Report of an investigation of the epidemic of malarial fever in Assam, or, kala-azar
Disease focus: Malaria
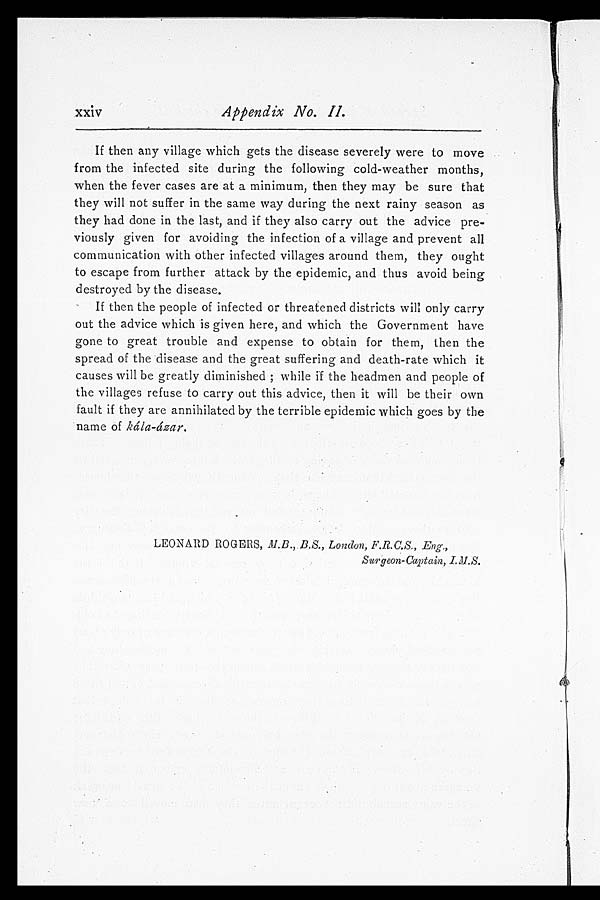
xxiv Appendix No. 11.
If then any village which gets the disease severely were to move
from the infected site during the following cold-weather months,
when the fever cases are at a minimum, then they may be sure that
they will not suffer in the same way during the next rainy season as
they had done in the last, and if they also carry out the advice pre-
viously given for avoiding the infection of a village and prevent all
communication with other infected villages around them, they ought
to escape from further attack by the epidemic, and thus avoid being
destroyed by the disease.
If then the people of infected or threatened districts will only carry
out the advice which is given here, and which the Government have
gone to great trouble and expense to obtain for them, then the
spread of the disease and the great suffering and death-rate which it
causes will be greatly diminished; while if the headmen and people of
the villages refuse to carry out this advice, then it will be their own
fault if they are annihilated by the terrible epidemic which goes by the
.name of kála-ázar.
LEONARD ROGERS, M.B., B.S., London, F.R.C.S., Eng.,
Surgeon-Captain, L M.S.